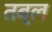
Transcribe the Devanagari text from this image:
तब्ल